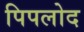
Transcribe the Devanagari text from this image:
पिपलोद